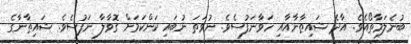
ބުނެލަމާތޯއެވެ. އާދެ ޝައިޠާނާއާއި ހަވާނަފުސެވެ. ނުވަތަ ނުބައި ކަންކަމަށް ގޮވާލާ ނަފުސެވެ. ޝައިޠާނާގެ